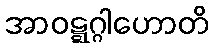
အာဝဋ္ဋဂ္ဂါဟောတိ